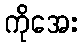
ကိုအေး